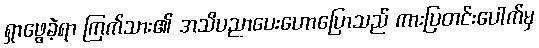
ရှာဖွေခဲ့ရာ ကြက်သား၏ အသိပညာပေးဟောပြောသည် ကားပြတင်းပေါက်မှ